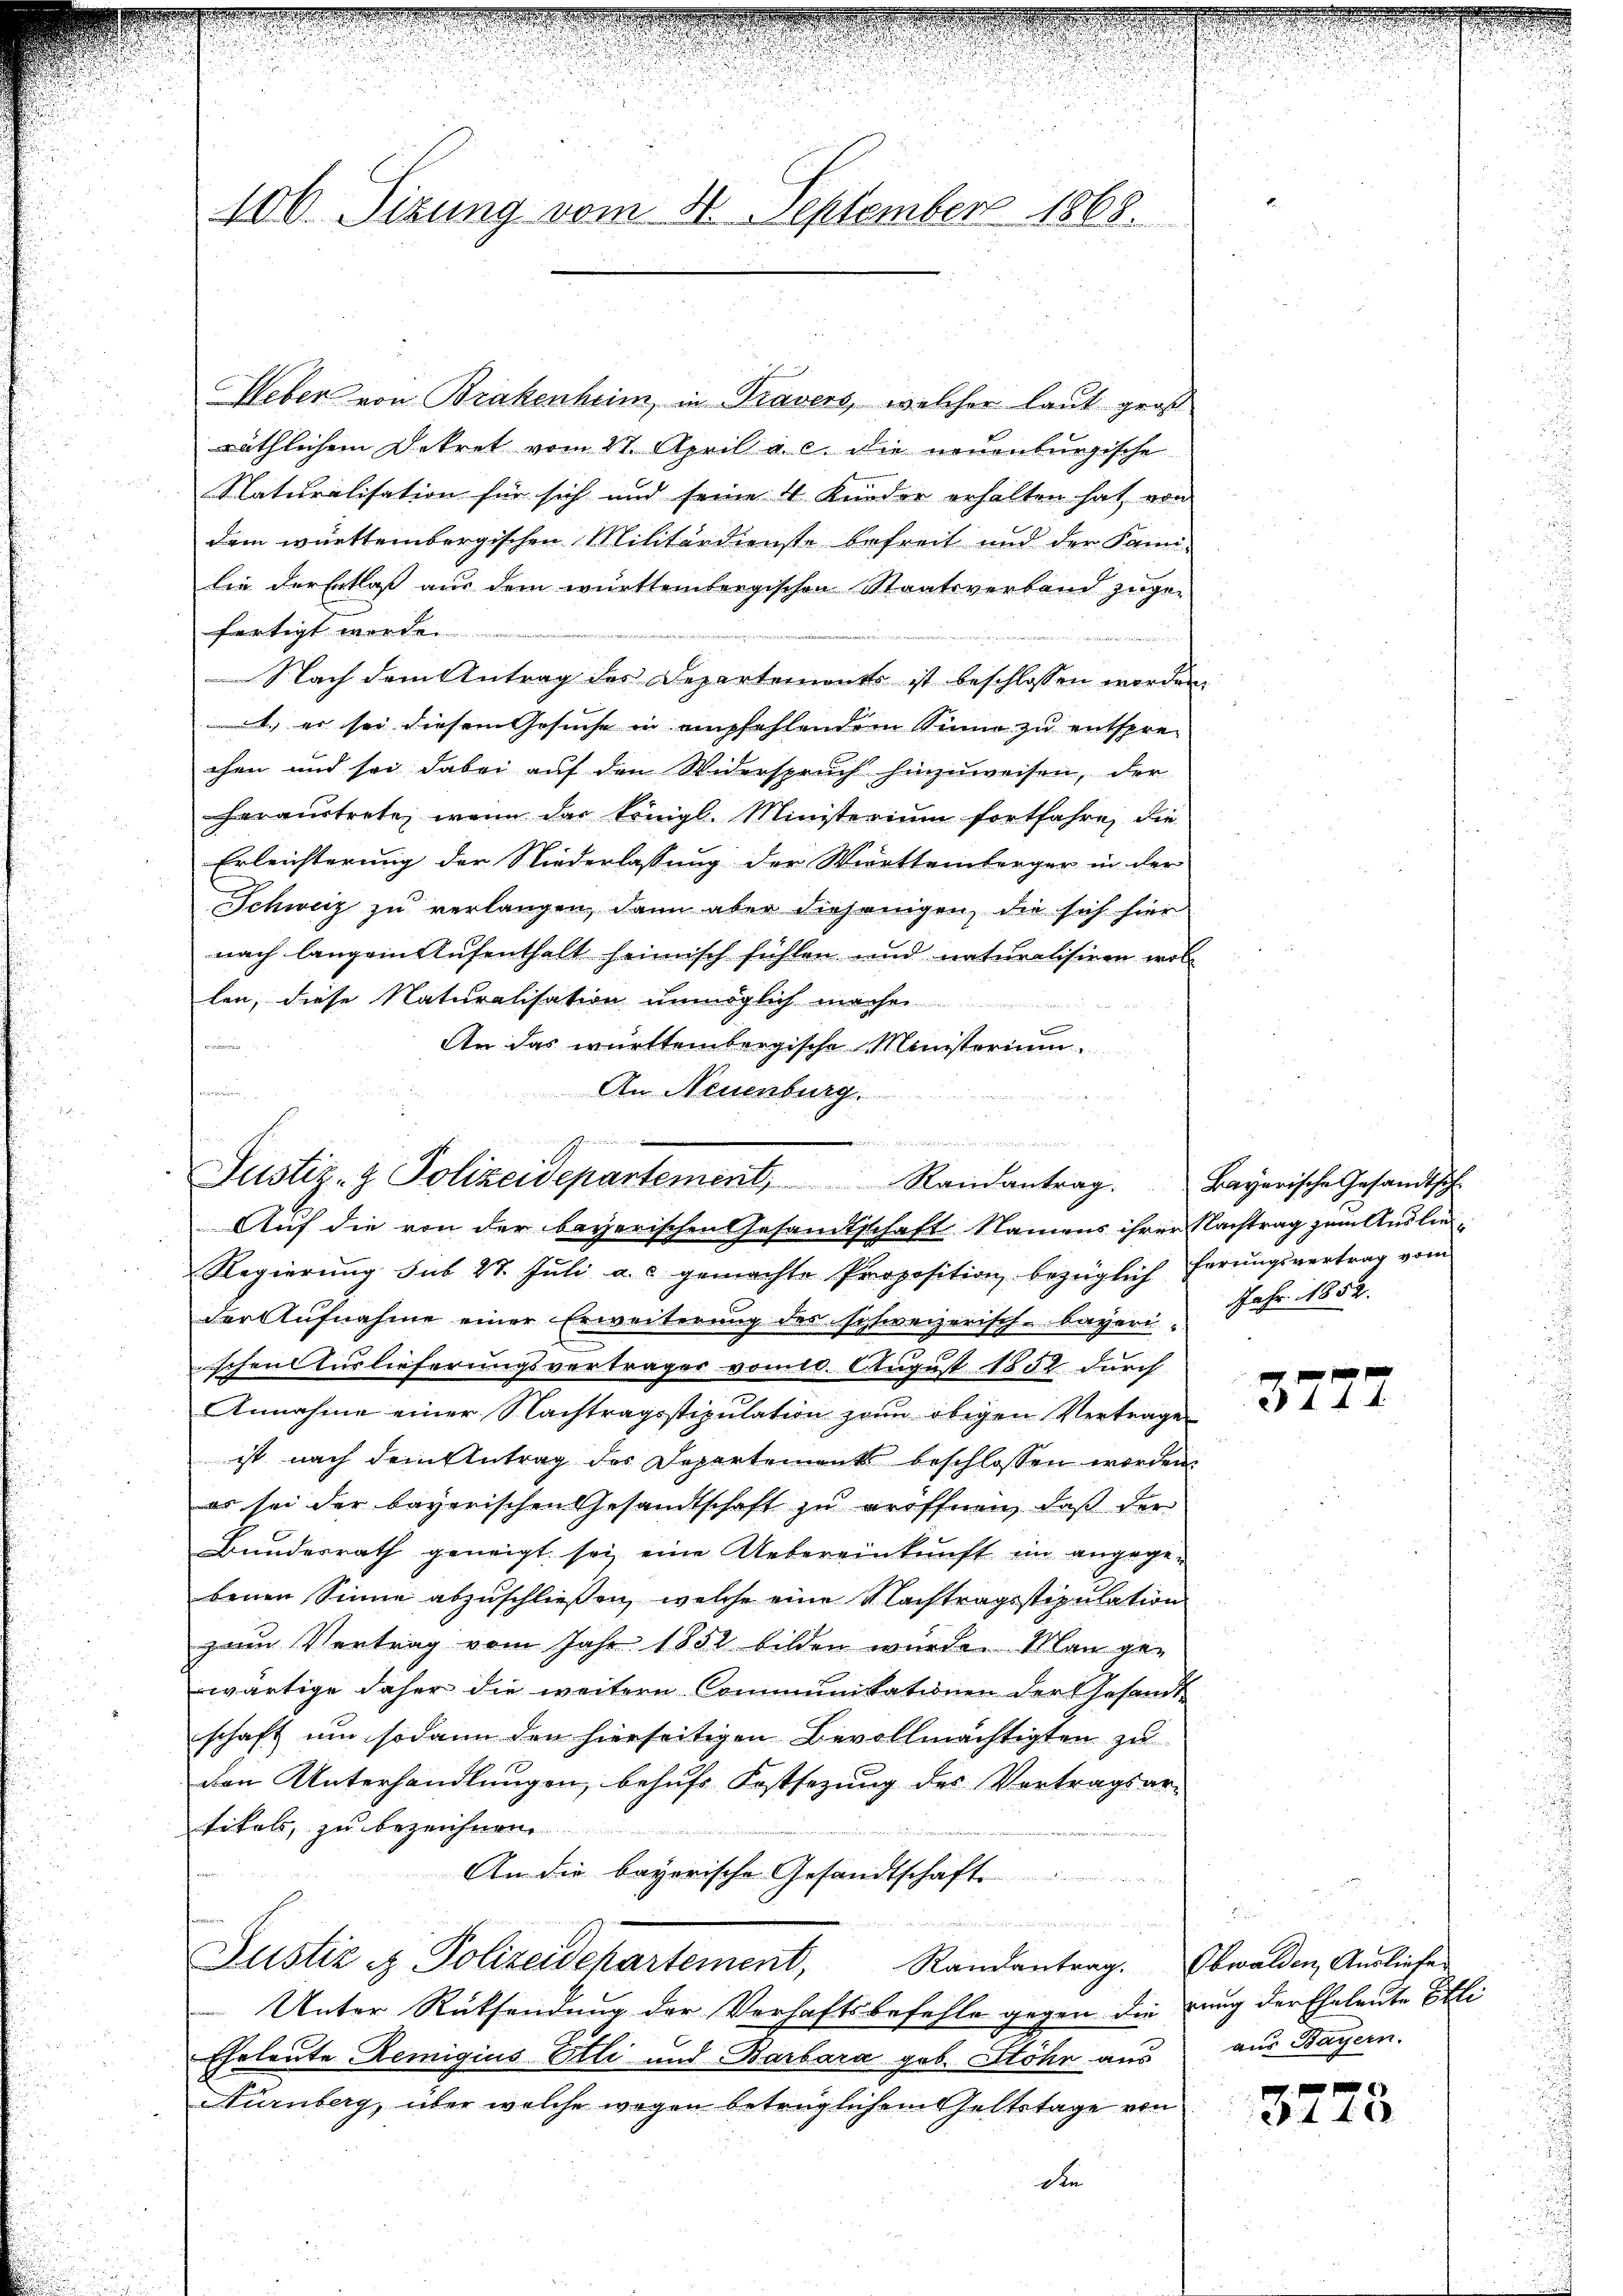
100 Sizung vom 4. September 1868.

Ueber von Brakenheim, in Travers, welcher laut groß
räthlichem Dekret vom 27. April a. c. die neuenburgische
Naturalisation für sich und seine 4 Kinder erhalten hat, von
dem württembergischen Militärdienste befreit und der Familie der Entlaß aus dem württembergischen Staatsverband zugefertigt werde.
Nach dem Antrag des Departements ist beschlossen worden,
 er sei diesem Gesuche in empfehlendem Sinne zu entspre-
chen und sei dabei auf den Widerspruch hinzuweisen, der
heraustrete, wenn das königl. Ministerium fortfahre, die
Erleichterung der Niederlassung der Württemberger in der
Schweiz zu verlangen, dann aber diejenigen, die sich hier
nach langem Aufenthalt heimisch fühlen und naturalisiren woll
len, diese Naturalisation unmöglich machen

An das württembergische Ministerium.
n
An Neuenburg

n
Justiz- & Polizeidepartement, Randantrag.
Auf die von der bayerischen Gesandtschaft Namens ihrer Nachtrag zum Auslie¬

Regierung sub 27. Jŭli a. c. gemachte Proposition bezeiglich ferŭngsvertrag vom
der Aufnahme einer Erweiterung des sichweizerisch-bayeri Jahr 1858.
schen Auslieferungsverträger vom 6 August 1852 durch
Annahme einer Nachtragsstipulation zum obigen Vertrage
ist nach dem Antrag des Departements beschlossen worden.
es sei der bayerischen Gesandtschaft zu eröffnen, daß der
Bundesrath geneigt sei eine Uebereinkunft im angege-
benen Sinne abzuschließen, welche eine Nachtragsstipulation
zum Vertrag vom Jahr 1852 bilden würde. Man ge-
wärtige daher die weitere Communikationen der Gesandt
schaft um sodann den hierseitigen Bevollmächtigten zu
den Unterhandlungen, behufs Festsezung des Vertragsar-
titels, zu bezeichnen
An die bayerische Gesandtschaft ..............

Justiz & Polizeidchartement, Randantrag. Obwalden Ausliefe
Unter Rücksendung der Verhaftsbefehle gegen die rung der Eheleute Etli
Eheleute Remigius Etli und Barbara geb. Höhn aus
Nürnberg, über welche wegen betrüglichem Geltstage von
den

Bayerische Gesandtsch

f 0 x
XV 4. d. 4.

aus Bayern.

44 x